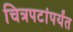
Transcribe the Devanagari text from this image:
चित्रपटांपर्यंत